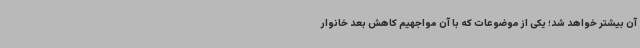
آن بیشتر خواهد شد؛ یکی از موضوعات که با آن مواجهیم کاهش بعد خانوار